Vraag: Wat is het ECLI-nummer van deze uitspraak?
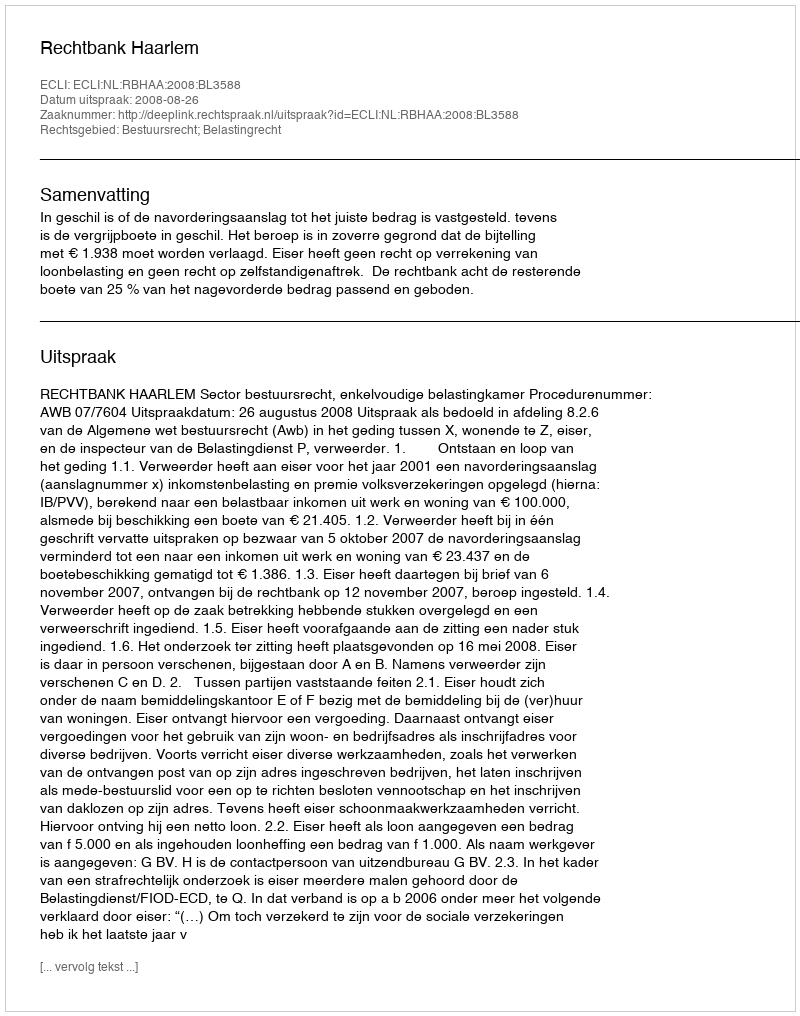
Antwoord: ECLI:NL:RBHAA:2008:BL3588